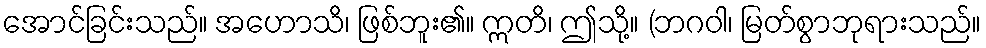
အောင်ခြင်းသည်။ အဟောသိ၊ ဖြစ်ဘူး၏။ ဣတိ၊ ဤသို့။ (ဘဂဝါ၊ မြတ်စွာဘုရားသည်။